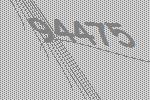
94475